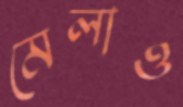
মেলাও